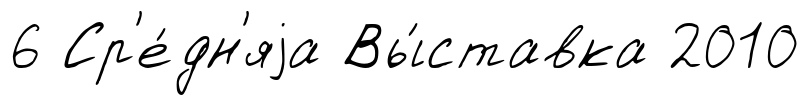
6 Ср'е́дн'яjа Вы́ставка 2010